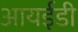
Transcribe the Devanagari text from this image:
आयईडी